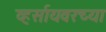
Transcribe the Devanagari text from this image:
व्हर्सायवरच्या